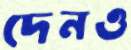
দেনও